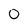
Character: 0